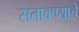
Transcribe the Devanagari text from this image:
सतावण्याचे